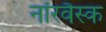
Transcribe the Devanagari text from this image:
नॉरवैस्क